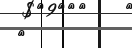
١